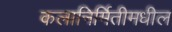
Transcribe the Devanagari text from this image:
कलानिर्मितीमधील